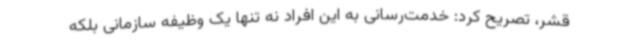
قشر، تصریح کرد: خدمت‌رسانی به این افراد نه تنها یک وظیفه سازمانی بلکه